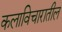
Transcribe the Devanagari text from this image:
कलाविचारातील